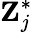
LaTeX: \mathbf{Z}_{j}^{\ast}